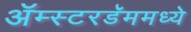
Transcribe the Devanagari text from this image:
ॲम्स्टरडॅममध्ये